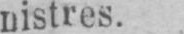
nistres.